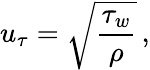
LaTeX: u_{\tau}=\sqrt{\frac{\tau_{w}}{\rho}}\, ,